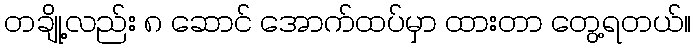
တချို့လည်း ၈ ဆောင် အောက်ထပ်မှာ ထားတာ တွေ့ရတယ်။